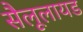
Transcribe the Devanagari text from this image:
सैलूलायड